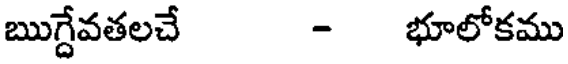
ఋగ్దేవతలచే - భూలోకము